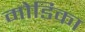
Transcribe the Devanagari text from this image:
मोडिका